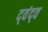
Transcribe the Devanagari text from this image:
द्‍वंद्‍व